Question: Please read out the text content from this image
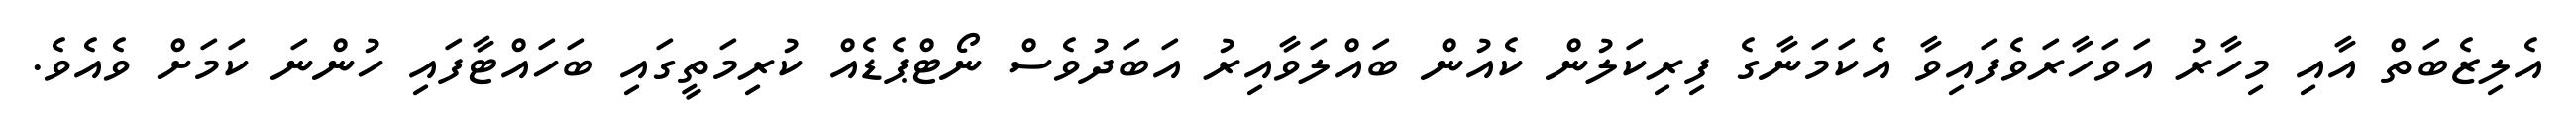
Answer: އެލިޒެބަތް އާއި މިހާރު އަވަހާރަވެފައިވާ އެކަމަނާގެ ފިރިކަލުން ކެއުން ބައްލަވާއިރު އަބަދުވެސް ނޯޓްޕެޑެއް ކުރިމަތީގައި ބަހައްޓާފައި ހުންނަ ކަމަށް ވެއެވެ.